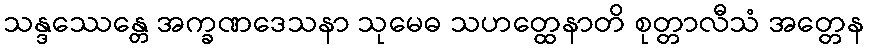
သန္ဒဿေန္တေ အက္ခဏဒေသနာ သုမေဓ သဟတ္ထေနာတိ စုတ္တာလီသံ အတ္တေန